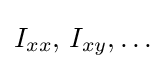
I_{xx},\,I_{xy},\ldots